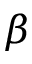
\beta